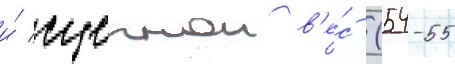
и́ сцепнои в'е́с (54-55